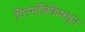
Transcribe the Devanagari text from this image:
पित्त्नलिकेमधून